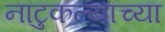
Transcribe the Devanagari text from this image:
नाटुकल्याच्या